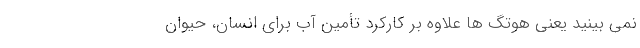
نمی بینید یعنی هوتگ ها علاوه بر کارکرد تأمین آب برای انسان، حیوان